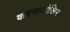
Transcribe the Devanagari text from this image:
करनाजोखिम